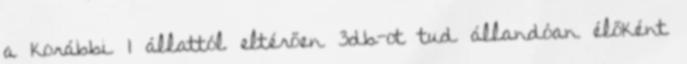
a korábbi 1 állattól eltérően 3db-ot tud állandóan élőként